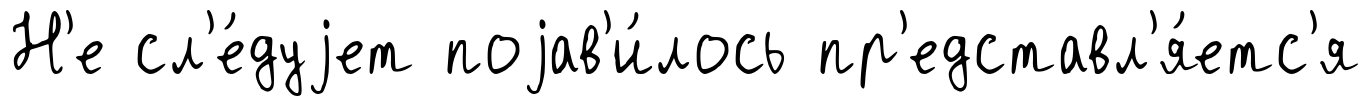
Н'е сл'е́дуjет поjав'и́лось пр'едставл'я́етс'я